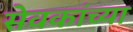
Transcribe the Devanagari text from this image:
सेवकांच्या